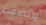
والضغط